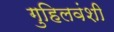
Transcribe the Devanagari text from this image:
गुहिलवंशी